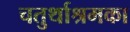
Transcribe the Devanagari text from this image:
चतुर्थाश्रमका